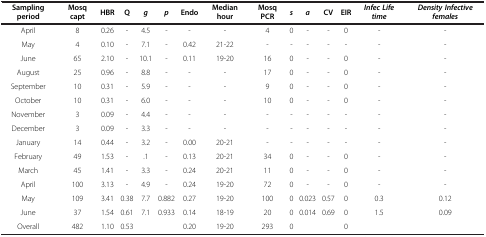
| Sampling period | Mosq capt | HBR | Q | g | p | Endo | Median hour | Mosq PCR | s | a | CV | EIR | Infec Life time | Density Infective females |
 | --- | --- | --- | --- | --- | --- | --- | --- | --- | --- | --- | --- | --- | --- | --- |
 | April | 8 | 0.26 | - | 4.5 | - | - | - | 4 | 0 | - | - | 0 | - | - |
 | May | 4 | 0.10 | - | 7.1 | - | 0.42 | 21-22 | - | - | - | - | - | - | - |
 | June | 65 | 2.10 | - | 10.1 | - | 0.11 | 19-20 | 16 | 0 | - | - | 0 | - | - |
 | August | 25 | 0.96 | - | 8.8 | - | - | - | 17 | 0 | - | - | 0 | - | - |
 | September | 10 | 0.31 | - | 5.9 | - | - | - | 9 | 0 | - | - | 0 | - | - |
 | October | 10 | 0.31 | - | 6.0 | - | - | - | 10 | 0 | - | - | 0 | - | - |
 | November | 3 | 0.09 | - | 4.4 | - | - | - | - | - | - | - | - | - | - |
 | December | 3 | 0.09 | - | 3.3 | - | - | - | - | - | - | - | - | - | - |
 | January | 14 | 0.44 | - | 3.2 | - | 0.00 | 20-21 | - | - | - | - | - | - | - |
 | February | 49 | 1.53 | - | .1 | - | 0.13 | 20-21 | 34 | 0 | - | - | 0 | - | - |
 | March | 45 | 1.41 | - | 3.3 | - | 0.24 | 20-21 | 11 | 0 | - | - | 0 | - | - |
 | April | 100 | 3.13 | - | 4.9 | - | 0.24 | 19-20 | 72 | 0 | - | - | 0 | - | - |
 | May | 109 | 3.41 | 0.38 | 7.7 | 0.882 | 0.27 | 19-20 | 100 | 0 | 0.023 | 0.57 | 0 | 0.3 | 0.12 |
 | June | 37 | 1.54 | 0.61 | 7.1 | 0.933 | 0.14 | 18-19 | 20 | 0 | 0.014 | 0.69 | 0 | 1.5 | 0.09 |
 | Overall | 482 | 1.10 | 0.53 |  |  | 0.20 | 19-20 | 293 | 0 |  |  | 0 |  |  |